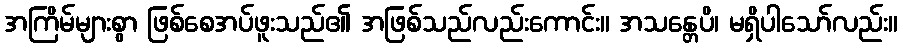
အကြိမ်များစွာ ဖြစ်စေအပ်ဖူးသည်၏ အဖြစ်သည်လည်းကောင်း။ အသန္တေပိ၊ မရှိပါသော်လည်း။